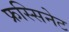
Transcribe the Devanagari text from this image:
फ्रस्सिनेट